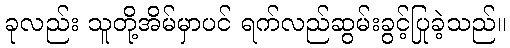
ခုလည်း သူတို့အိမ်မှာပင် ရက်လည်ဆွမ်းခွင့်ပြုခဲ့သည်။